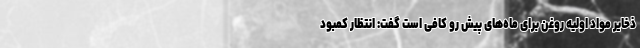
ذخایر مواد اولیه روغن برای ماه‌های پیش رو کافی است گفت: انتظار کمبود